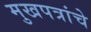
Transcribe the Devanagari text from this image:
मुखपत्रांचे